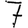
Digit: 7